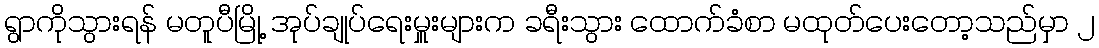
ရွာကိုသွားရန် မတူပီမြို့ အုပ်ချုပ်ရေးမှူးများက ခရီးသွား ထောက်ခံစာ မထုတ်ပေးတော့သည်မှာ ၂